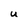
Character: U